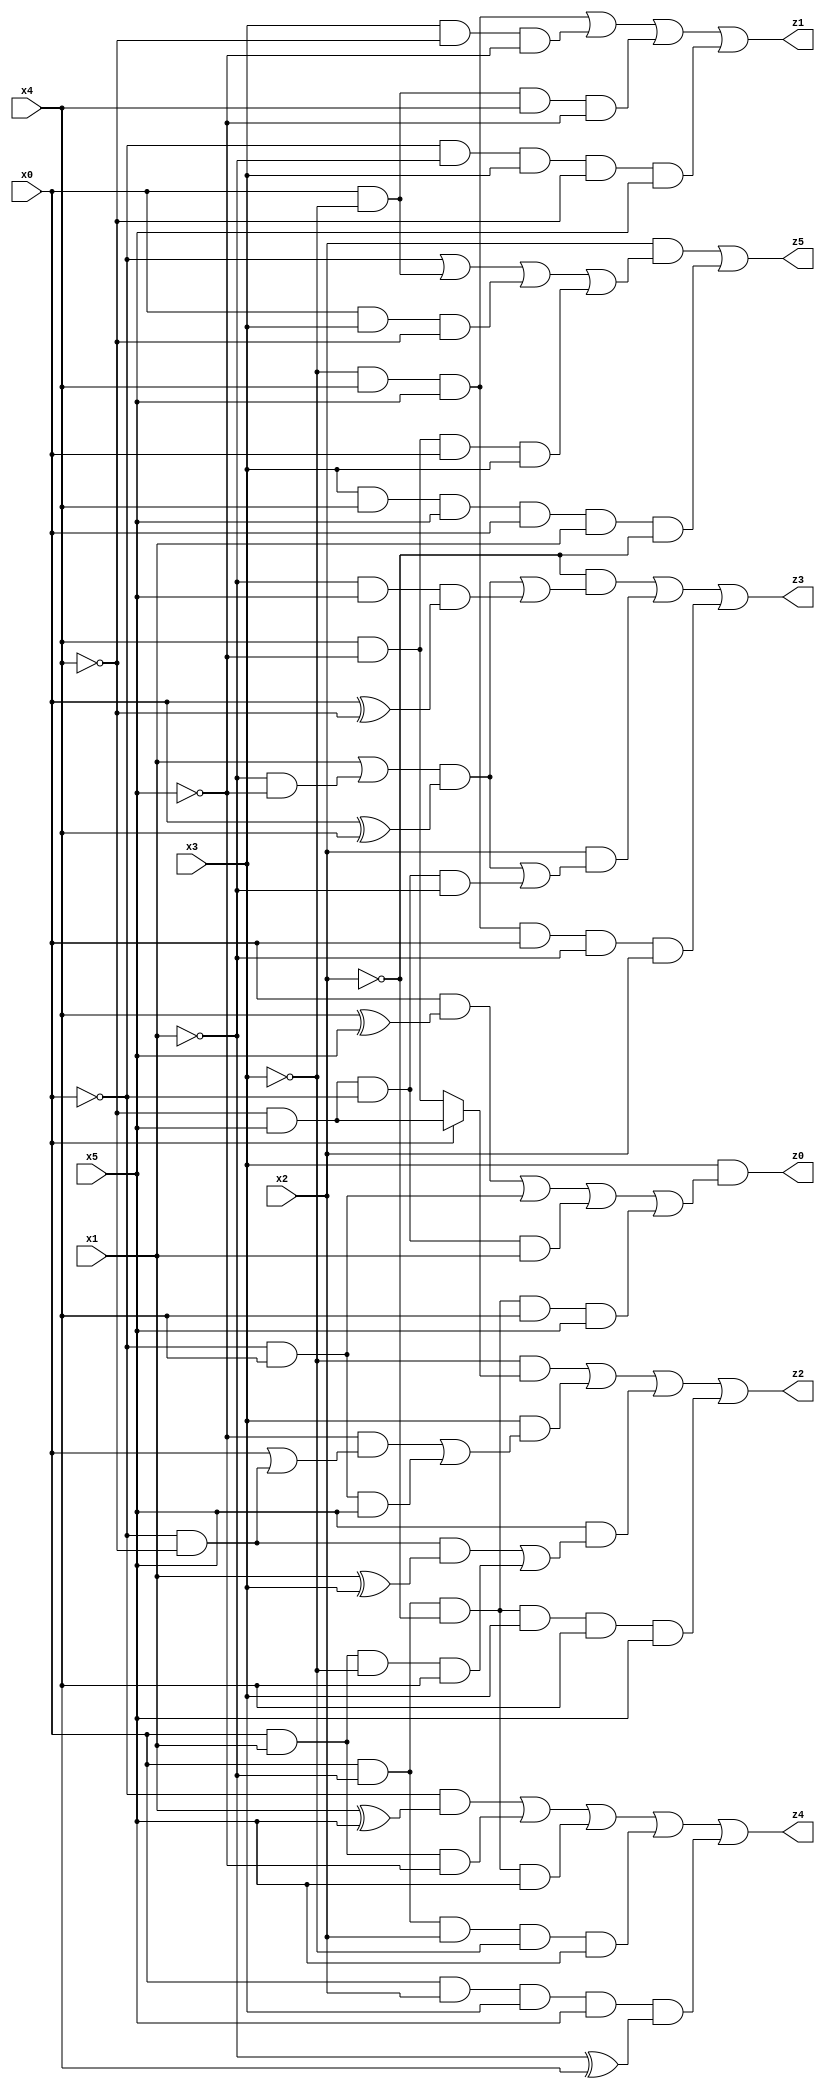
// Benchmark "X_81" written by ABC on Thu Jun 29 03:23:26 2023

module X_81 ( 
    x0, x1, x2, x3, x4, x5,
    z0, z1, z2, z3, z4, z5  );
  input  x0, x1, x2, x3, x4, x5;
  output z0, z1, z2, z3, z4, z5;
  assign z0 = x3 & ((x0 & (x4 ^ x5)) | (~x0 & x4) | (~x4 & x5 & ~x0 & x1) | (x0 & ~x1 & ~x2 & x4 & x5));
  assign z1 = (~x3 & x4 & x5) | (x3 & ~x4 & ~x5) | (x0 & ~x3 & x4 & ~x5) | (~x0 & ~x1 & x3 & ~x4 & x5);
  assign z2 = (~x3 & (x0 ? (~x4 & x5) : (x4 & ~x5))) | (x3 & ((~x5 & (x0 | (~x0 & ~x4))) | (~x0 & x4 & x5))) | (x5 & ((~x0 & ~x4 & (x1 ^ x3)) | (x0 & x1 & ~x3 & x4))) | (x0 & ~x1 & ~x2 & x3 & x4 & x5);
  assign z3 = (~x2 & (((x1 | (~x1 & ~x5)) & (x0 ^ x4)) | (~x1 & x5 & (x0 ^ ~x4)))) | (x2 & (((x1 | (~x1 & ~x5)) & (x0 ^ x4)) | (~x4 & x5 & ~x0 & ~x1))) | (~x3 & x4 & x5 & x0 & ~x1 & x2);
  assign z4 = (~x0 & (x1 ^ x5)) | (x0 & x1 & ~x5) | (x0 & ~x1 & ~x2 & x5) | (x0 & ~x1 & x2 & ~x3 & x5) | (x0 & x2 & x3 & x5 & (~x1 ^ x4));
  assign z5 = (x2 & (~x0 | (x0 & ~x3) | (x0 & x3 & ~x4) | (x4 & ~x5 & x0 & x3))) | (x3 & x4 & x5 & x0 & x1 & ~x2);
endmodule